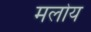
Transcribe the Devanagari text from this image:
मलोय